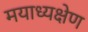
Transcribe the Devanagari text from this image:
मयाध्यक्षेण